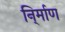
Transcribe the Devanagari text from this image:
नि्र्माण